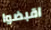
اقبضوا